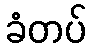
ခံတပ်